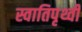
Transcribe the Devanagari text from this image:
स्वातिपृथ्वी